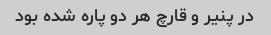
در پنیر و قارچ هر دو پاره شده بود